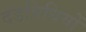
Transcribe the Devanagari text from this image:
दंडविधियों